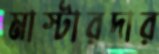
মাস্টারদার